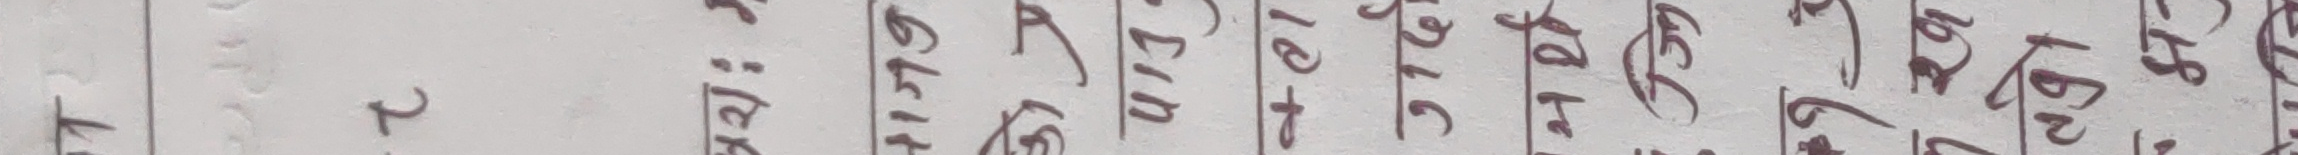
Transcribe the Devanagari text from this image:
रु २ १ इकर १६ १६ १७ १८ २१ २२ २३ ३६ ३७ ४५ ५२ ५३ ५५ ५८ ६३ ६५ ६८ ७३ ७८ ८१ ८८ ८९ ९० ९५ ९८ र